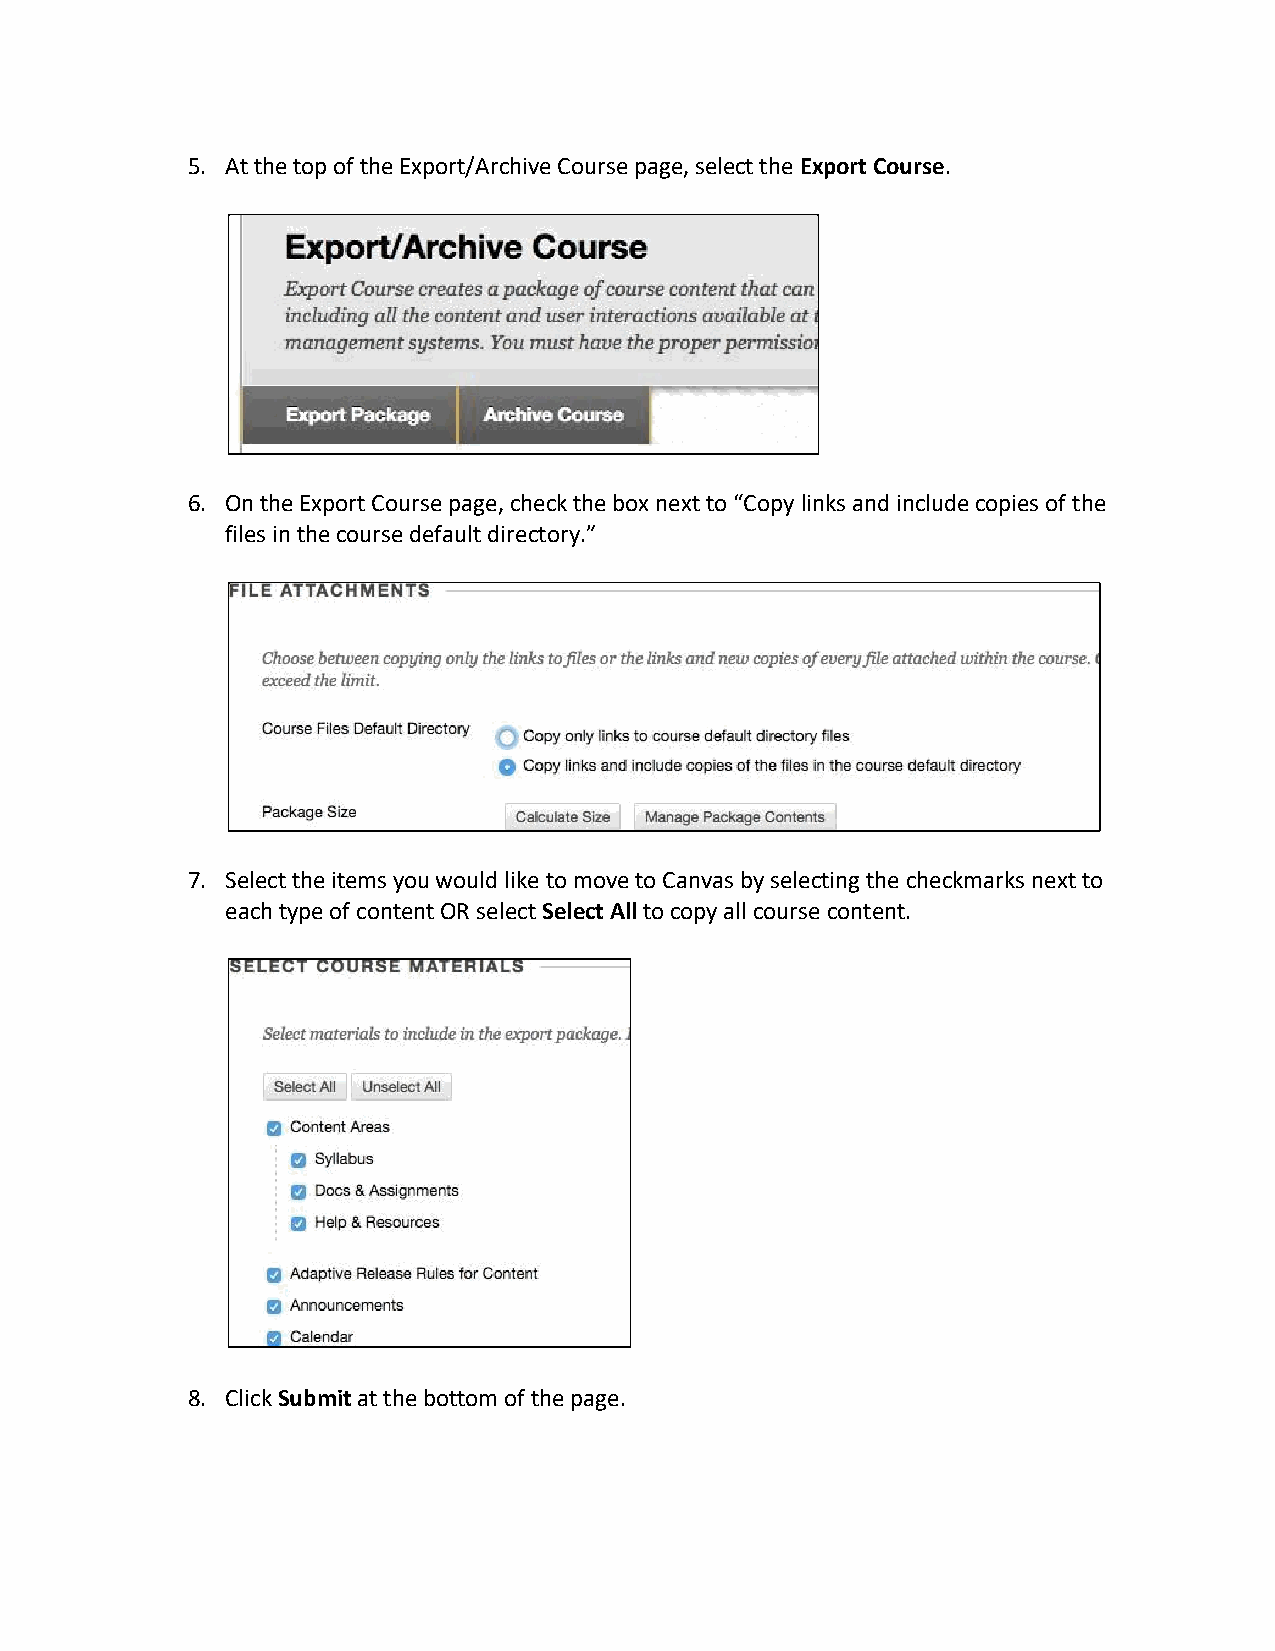
5. At the top of the Export/Archive Course page, select the Export Course.
 6. On the Export Course page, check the box next to “Copy links and include copies of the
 files in the course default directory.”
 7. Select the items you would like to move to Canvas by selecting the checkmarks next to
 each type of content OR select Select All to copy all course content.
 8. Click Submit at the bottom of the page.